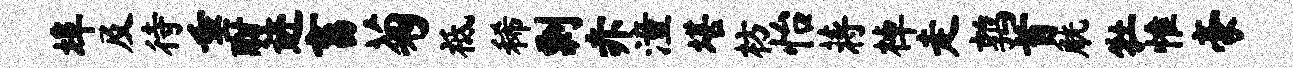
埠及待垂酣迹畜菊祗稀剽赤潼堪枋怡蒋棹走鹑首觥牡惟豪